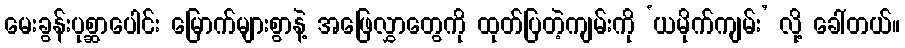
မေးခွန်းပုစ္ဆာပေါင်း မြောက်များစွာနဲ့ အဖြေလွှာတွေကို ထုတ်ပြတဲ့ကျမ်းကို ‘ယမိုက်ကျမ်း’ လို့ ခေါ်တယ်။